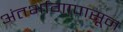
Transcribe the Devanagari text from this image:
अंतर्भागापासून